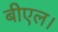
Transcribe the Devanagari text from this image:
बीएल।